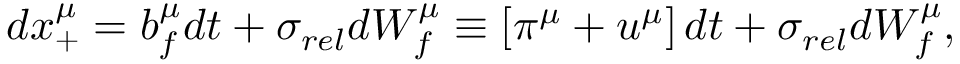
d x _ { + } ^ { \mu } = b _ { f } ^ { \mu } d t + \sigma _ { r e l } d W _ { f } ^ { \mu } \equiv \left[ \pi ^ { \mu } + u ^ { \mu } \right] d t + \sigma _ { r e l } d W _ { f } ^ { \mu } ,